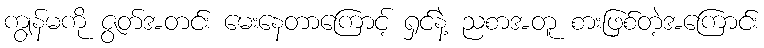
ကျွန်မကို ဇွတ်အတင်း မေးနေတာကြောင့် ရှင်နဲ့ ညစာအတူ စားဖြစ်တဲ့အကြောင်း